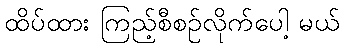
ထိပ်ထား ကြည့်စီစဉ်လိုက်ပေါ့ မယ်